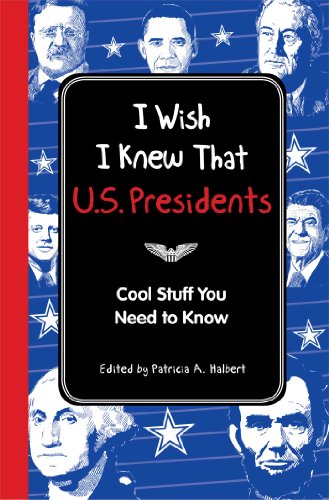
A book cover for I Wish I Knew That: U.S. Presidents: Cool Stuff You Need To Know; Editors of Reader's Digest; Children's Books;